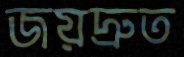
জয়দ্রুত